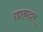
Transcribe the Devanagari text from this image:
छानदार